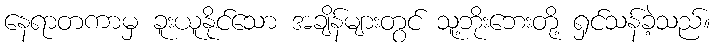
နေရာတကာမှ ခူးယူနိုင်သော အချိန်များတွင် သူ့ဘိုးဘေးတို့ ရှင်သန်ခဲ့သည်။